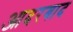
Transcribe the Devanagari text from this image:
आदरबाद